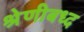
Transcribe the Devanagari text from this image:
श्रेणीबध्द